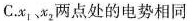
C.x_{1}、x_{2}两点处的电势相同